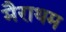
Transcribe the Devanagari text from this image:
मैराथम